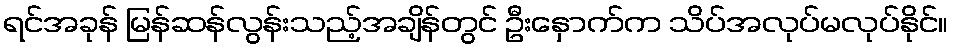
ရင်အခုန် မြန်ဆန်လွန်းသည့်အချိန်တွင် ဦးနှောက်က သိပ်အလုပ်မလုပ်နိုင်။